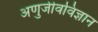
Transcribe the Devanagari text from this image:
अणुजीवविज्ञान